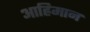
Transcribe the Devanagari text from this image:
आह्रिमान